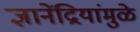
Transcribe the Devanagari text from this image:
ज्ञानेंद्रियांमुळे